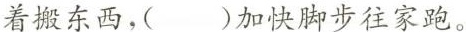
着搬东西，()加快脚步往家跑。